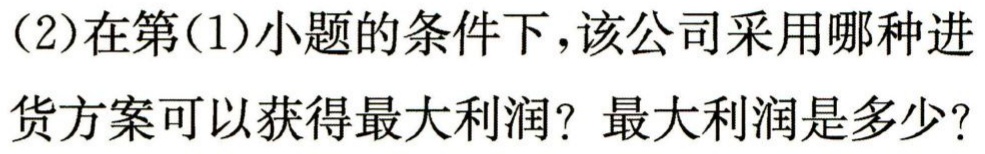
(2)在第(1)小题的条件下，该公司采用哪种进货方案可以获得最大利润？最大利润是多少？